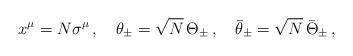
LaTeX: \begin{align*}x^{\mu} = N \sigma^{\mu}\, ,\quad \theta_{\pm} = \sqrt{N}\,\Theta_{\pm}\, ,\quad \bar\theta_{\pm} = \sqrt{N}\,\bar\Theta_{\pm}\, ,\end{align*}